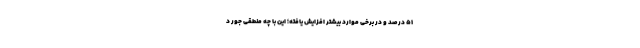
۵۱ درصد و در برخی موارد بیشتر افزایش یافته؛ این با چه منطقی جور د